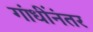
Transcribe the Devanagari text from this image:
गांधींनंतर